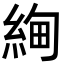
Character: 𬗚